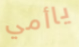
ياأمي